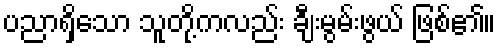
ပညာရှိသော သူတို့ကလည်း ချီးမွမ်းဖွယ် ဖြစ်၏။